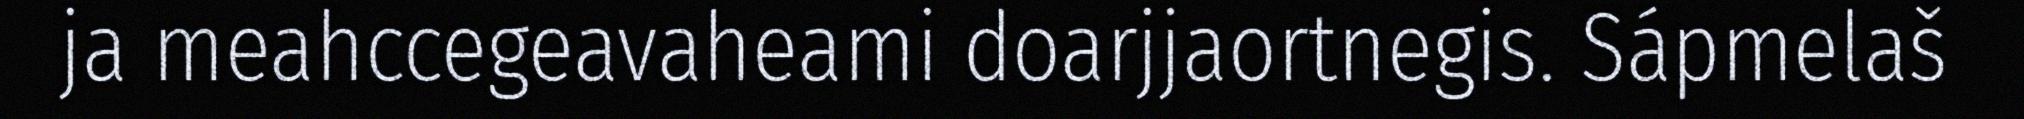
ja meahccegeavaheami doarjjaortnegis. Sápmelaš